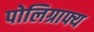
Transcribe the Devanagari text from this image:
पोलिग्राफ्य